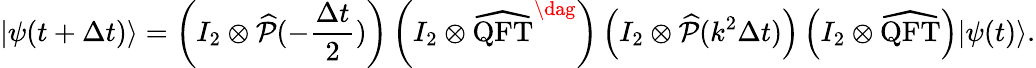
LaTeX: |\psi(t+\Delta t)\rangle=\left(I_{2}\otimes\widehat{\mathcal{P}}(-\frac{\Delta t}{2})\right)\left(I_{2}\otimes\widehat{\mathrm{QFT}}^{\dag}\right)\left(I_{2}\otimes\widehat{\mathcal{P}}(k^{2}\Delta t)\right)\left(I_{2}\otimes\widehat{\mathrm{QFT}}\right)|\psi(t)\rangle.